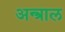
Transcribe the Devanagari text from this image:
अन्त्राल